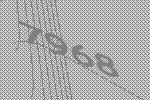
7968